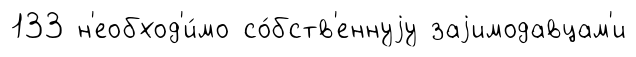
133 н'еобход'и́мо со́бств'еннуjу заjимодавцам'и